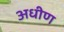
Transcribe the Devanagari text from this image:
अधीण